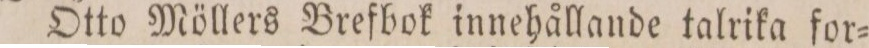
Otto Möllers Brefbok innehållande talrika for=